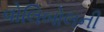
વોલિબોલની